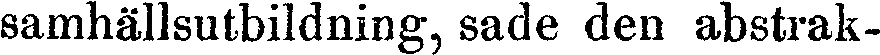
samhällsutbildning, sade den abstrak-